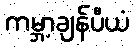
ကမ္ဘာ့ချန်ပီယံ